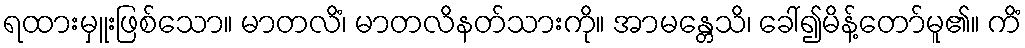
ရထားမှူးဖြစ်သော။ မာတလိံ၊ မာတလိနတ်သားကို။ အာမန္တေသိ၊ ခေါ်၍မိန့်တော်မူ၏။ ကိံ